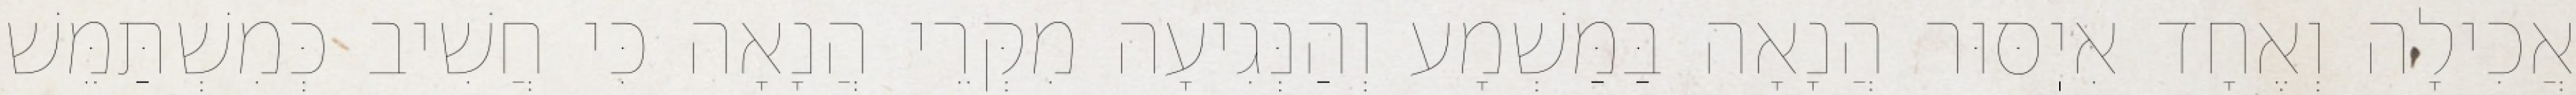
אֲכִילָה וְאֶחָד אִיֽסּוּר הֲנָאָה בַּמַּשְׁמָע וְהַנְּגִיעָה מִקְּרֵי הֲנָאָה כִּי חֲשִׁיב כְּמִשְׁתַּמֵּשׁ